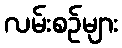
လမ်းစဉ်များ